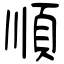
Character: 順